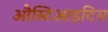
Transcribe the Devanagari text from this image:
औस्टिआइटिस